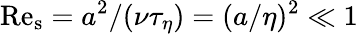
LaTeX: \mathrm{Re}_{\mathrm{s}}=a^{2}/(\nu\tau_{\eta})=(a/\eta)^{2}\ll 1